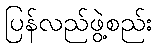
ပြန်လည်ဖွဲ့စည်း